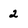
Character: 2